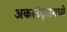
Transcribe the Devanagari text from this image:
अकाउंट्समध्ये